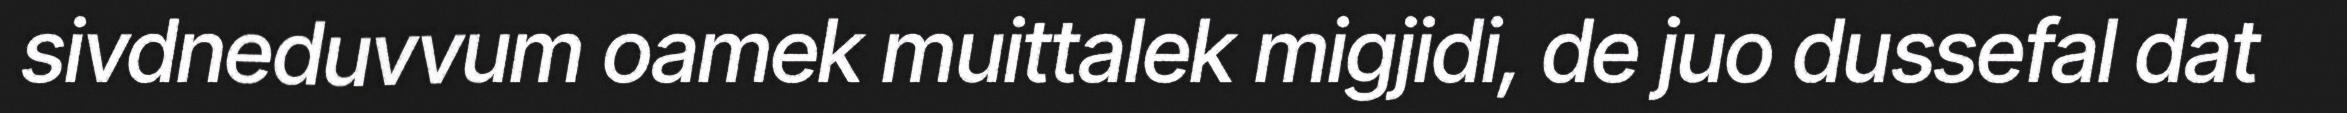
sivdneduvvum oamek muittalek migjidi, de juo dussefal dat